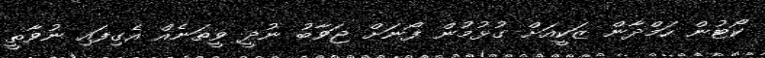
ކޯޓުން ހަމްދާން ޒަކީއަށް ގުޅުމުން ފޯނަށް ޖަވާބު ނުދީ ވީތަނެއް އެގިފައި ނުވާތީ